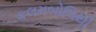
કલમબોલિથી